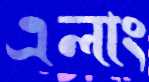
এলাং